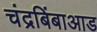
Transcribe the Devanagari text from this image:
चंद्रबिंबाआड